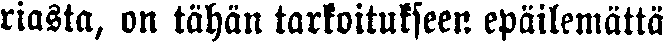
riasta, on tähän tarkoitukseen epäilemättä